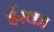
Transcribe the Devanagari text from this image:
ईस्का